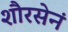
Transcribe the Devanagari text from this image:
शौरसेनं